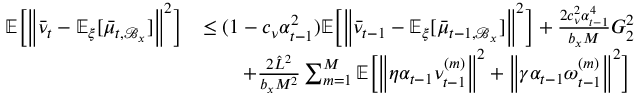
\begin{array} { r l } { \mathbb { E } \bigg [ \bigg \| \bar { \nu } _ { t } - \mathbb { E } _ { \xi } [ \bar { \mu } _ { t , \mathcal { B } _ { x } } ] \bigg \| ^ { 2 } \bigg ] } & { \leq ( 1 - c _ { \nu } \alpha _ { t - 1 } ^ { 2 } ) \mathbb { E } \bigg [ \bigg \| \bar { \nu } _ { t - 1 } - \mathbb { E } _ { \xi } [ \bar { \mu } _ { t - 1 , \mathcal { B } _ { x } } ] \bigg \| ^ { 2 } \bigg ] + \frac { 2 c _ { \nu } ^ { 2 } \alpha _ { t - 1 } ^ { 4 } } { b _ { x } M } G _ { 2 } ^ { 2 } } \\ & { \qquad + \frac { 2 \hat { L } ^ { 2 } } { b _ { x } M ^ { 2 } } \sum _ { m = 1 } ^ { M } \mathbb { E } \bigg [ \bigg \| \eta \alpha _ { t - 1 } \nu _ { t - 1 } ^ { ( m ) } \bigg \| ^ { 2 } + \bigg \| \gamma \alpha _ { t - 1 } \omega _ { t - 1 } ^ { ( m ) } \bigg \| ^ { 2 } \bigg ] } \end{array}